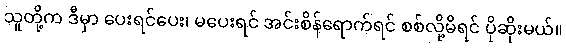
သူတို့က ဒီမှာ ပေးရင်ပေး၊ မပေးရင် အင်းစိန်ရောက်ရင် စစ်လို့မိရင် ပိုဆိုးမယ်။